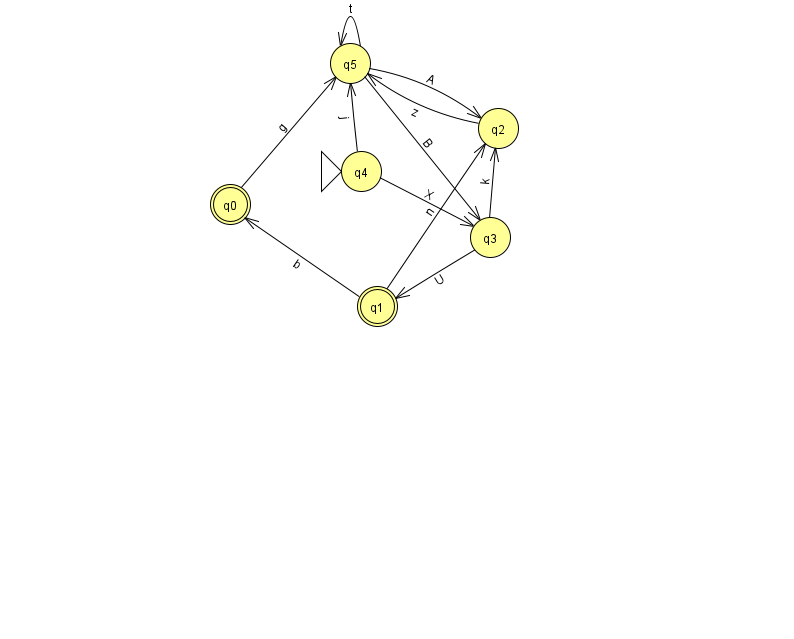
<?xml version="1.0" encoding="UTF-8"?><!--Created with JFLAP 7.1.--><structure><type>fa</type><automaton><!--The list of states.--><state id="0" name="q0"><x>230.0</x><y>191.0</y><final/></state><state id="1" name="q1"><x>377.0</x><y>293.0</y><final/></state><state id="2" name="q2"><x>498.0</x><y>115.0</y></state><state id="3" name="q3"><x>490.0</x><y>224.0</y></state><state id="4" name="q4"><x>361.0</x><y>158.0</y><initial/></state><state id="5" name="q5"><x>350.0</x><y>50.0</y></state><!--The list of transitions.--><transition><from>2</from><to>5</to><read>z</read></transition><transition><from>4</from><to>5</to><read>j</read></transition><transition><from>1</from><to>2</to><read>n</read></transition><transition><from>0</from><to>5</to><read>g</read></transition><transition><from>5</from><to>5</to><read>t</read></transition><transition><from>1</from><to>0</to><read>b</read></transition><transition><from>3</from><to>1</to><read>U</read></transition><transition><from>5</from><to>3</to><read>B</read></transition><transition><from>3</from><to>2</to><read>k</read></transition><transition><from>4</from><to>3</to><read>X</read></transition><transition><from>5</from><to>2</to><read>A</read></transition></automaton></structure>